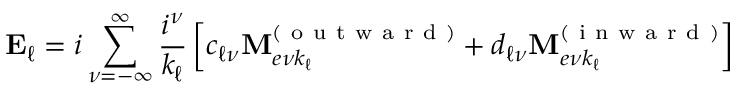
\mathbf { E } _ { \ell } = i \sum _ { \nu = - \infty } ^ { \infty } \frac { i ^ { \nu } } { k _ { \ell } } \left[ c _ { \ell \nu } \mathbf { M } _ { e \nu k _ { \ell } } ^ { ( \mathrm { ~ o ~ u ~ t ~ w ~ a ~ r ~ d ~ } ) } + d _ { \ell \nu } \mathbf { M } _ { e \nu k _ { \ell } } ^ { ( \mathrm { ~ i ~ n ~ w ~ a ~ r ~ d ~ } ) } \right]